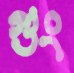
গুং